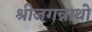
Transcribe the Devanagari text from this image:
श्रीजगन्नाथो